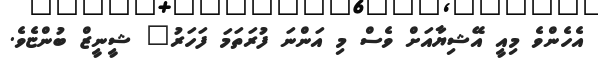
އެހެންވެ މިއީ އޭޝިޔާއަށް ވެސް މި އަންނަ ފުރަތަމަ ފަހަރު" ޝީނީޒް ބުންޏެވެ.